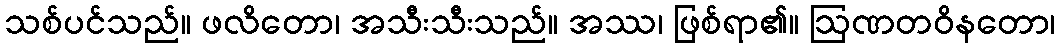
သစ်ပင်သည်။ ဖလိတော၊ အသီးသီးသည်။ အဿ၊ ဖြစ်ရာ၏။ ဩဏတဝိနတော၊